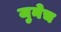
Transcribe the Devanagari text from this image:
जुनेच